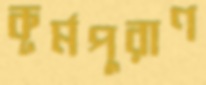
কূর্মপুরাণ